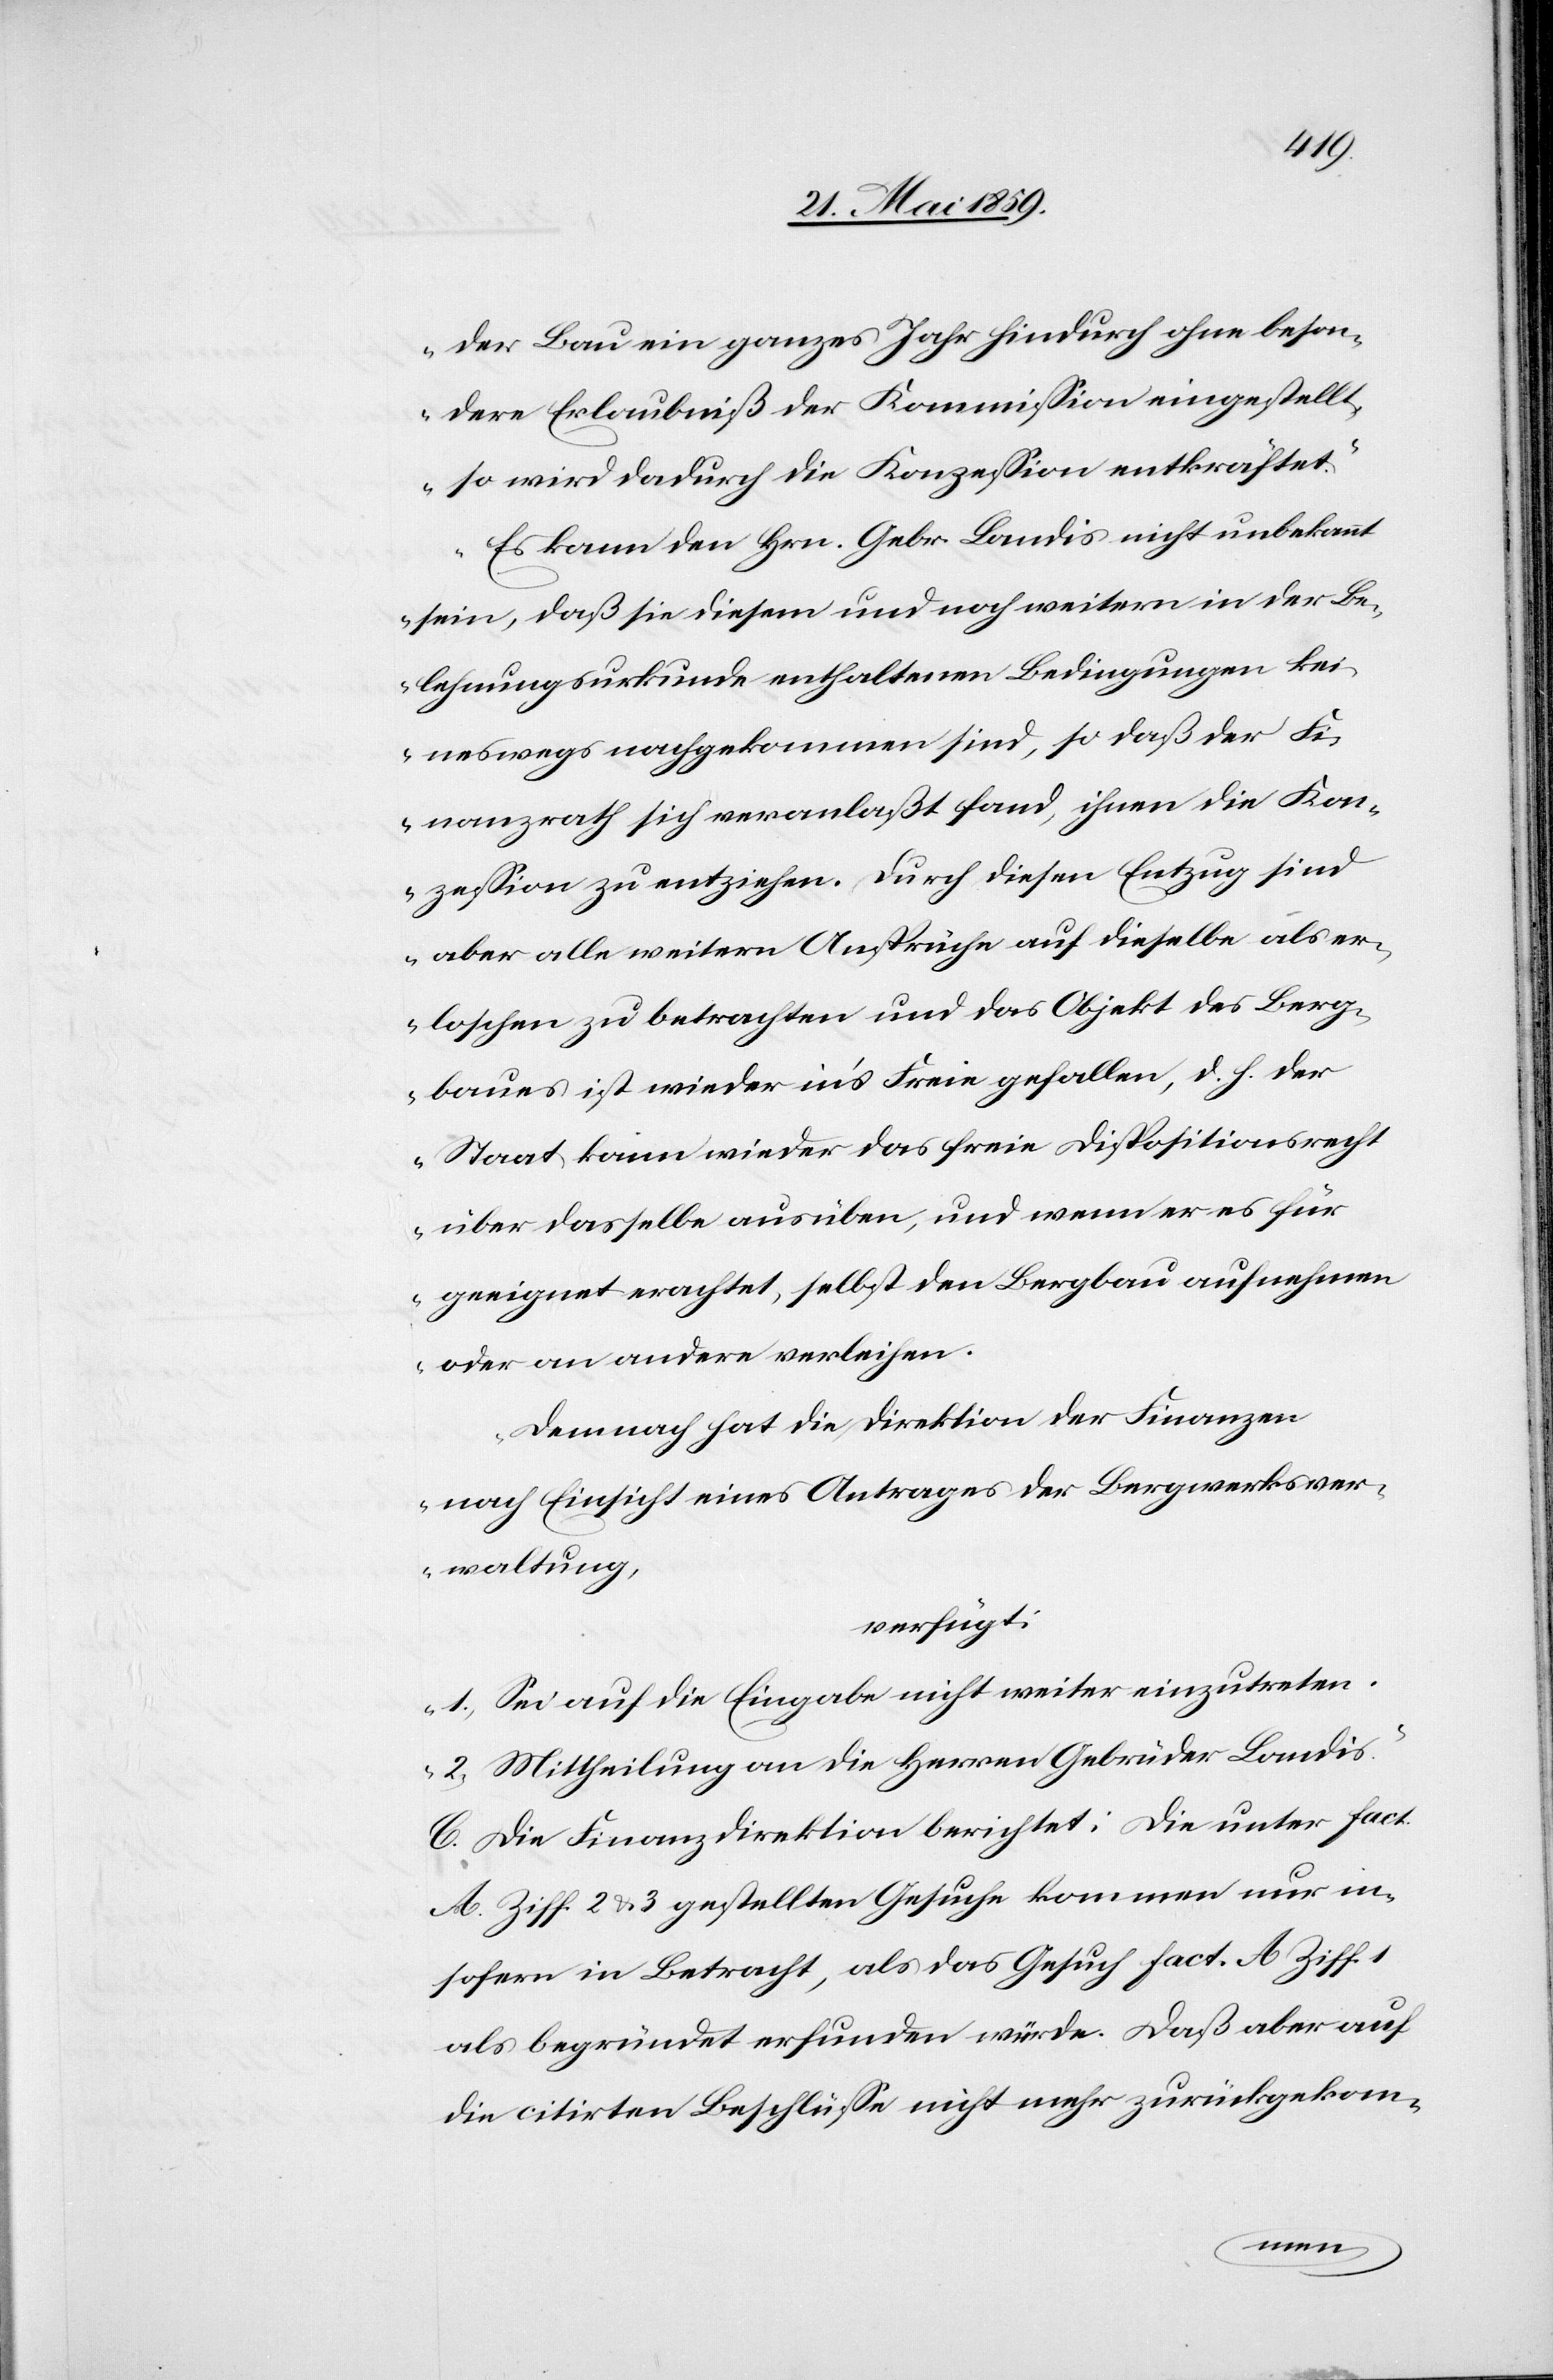
der Bau ein ganzes Jahr hindurch ohne beson¬
dere Erlaubniß der Kommißion eingestellt,
so wird dadurch die Konzeßion entkräftet.
Es kann den Hrn. Gebr. Landis nicht unbekannt
sein, daß sie diesem und noch weitern in der Be¬
lehnungsurkunde enthaltenen Bedingungen kei¬
neswegs nachgekommen sind, so daß der Fi¬
nanzrath sich veranlaßt fand, ihnen die Kon¬
zeßion zu entziehen. Durch diesen Entzug sind
aber alle weitern Ansprüche auf dieselbe als er¬
loschen zu betrachten und das Objekt des Berg¬
baues ist wieder in’s Freie gefallen, d. h. der
Staat kann wieder das freie Dispositionsrecht
über dasselbe ausüben, und wenn er es für
geeignet erachtet, selbst den Bergbau aufnehmen
oder an andere verleihen.
Demnach hat die Direktion der Finanzen
nach Einsicht eines Antrages der Bergwerksver¬
waltung,
verfügt:
1) Sei auf die Eingabe nicht weiter einzutreten.
2) Mittheilung an die Herren Gebrüder Landis.“
C. Die Finanzdirektion berichtet: die unter fact.
A. Ziff. 2 & 3 gestellten Gesuche kommen nur in¬
sofern in Betracht, als das Gesuch fact. A Ziff. 1
als begründet erfunden würde. Daß aber auf
die citirten Beschüße nicht mehr zurückgekom-